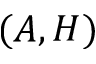
( A , H )